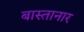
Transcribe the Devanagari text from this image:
बास्तानार